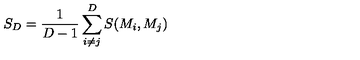
S _ { D } = \frac { 1 } { D - 1 } \sum _ { i \neq j } ^ { D } S ( M _ { i } , M _ { j } )